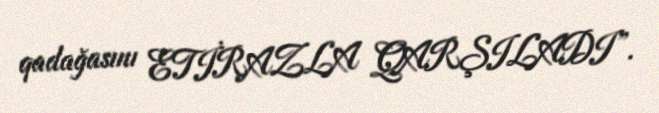
qadağasını ETİRAZLA QARŞILADI”.